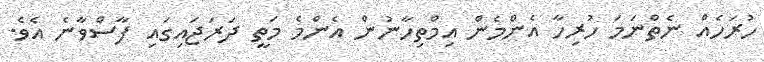
ހުރަހެއް ނެތްނަމަ ހުރިހާ އެންމެން އިމްތިހާނުން އެންމެ މަތީ ދަރަޖައިގައި ފާސްވާނެ އެވެ.